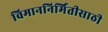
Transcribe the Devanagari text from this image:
विमाननिर्मितीसाठी